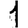
Digit: 1